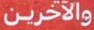
والآخرين